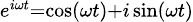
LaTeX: \scriptstyle e^{i\omega t}=\cos(\omega t)+i\sin(\omega t)